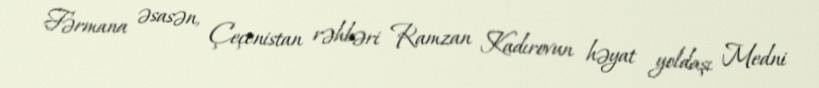
Fərmana əsasən, Çeçenistan rəhbəri Ramzan Kadırovun həyat yoldaşı Medni